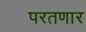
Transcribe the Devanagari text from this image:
परतणार